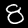
Label: 8